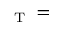
_ { \textrm { T } } =